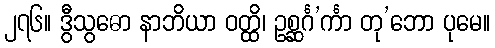
၂၇၆။ ဒွီသွဓော နာဘိယာ ဝတ္ထိ၊ ဥစ္ဆင်္ဂ’င်္ကာ တု’ဘော ပုမေ။